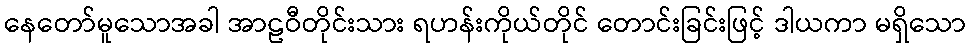
နေတော်မူသောအခါ အာဠဝီတိုင်းသား ရဟန်းကိုယ်တိုင် တောင်းခြင်းဖြင့် ဒါယကာ မရှိသော